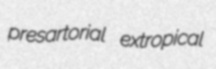
presartorial extropical